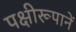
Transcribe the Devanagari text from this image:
पक्षीरूपानें